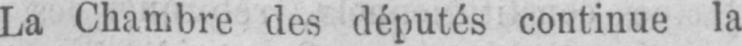
La Chambre des députés continue la